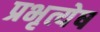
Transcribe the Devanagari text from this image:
प्रभृत्येष